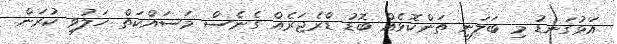
އަޅުގަނޑު މި ބަލަނި ތަންކޮޅެއް ބޮޑު ޑްރެޖަރެއް ގެނެސް މަސައްކަތް ހަލުވި ކުރަން.